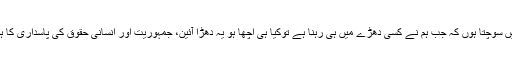
میں سوچتا ہوں کہ جب ہم نے کسی دھڑے میں ہی رہنا ہے توکیا ہی اچھا ہو یہ دھڑا آئین، جمہوریت اور انسانی حقوق کی پاسداری کا ہو۔